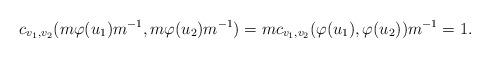
LaTeX: \begin{align*}c_{v_1 , v_2}(m \varphi(u_1) m^{-1} , m \varphi(u_2) m^{-1}) = m c_{v_1 , v_2}(\varphi(u_1) , \varphi(u_2)) m^{-1} = 1.\end{align*}